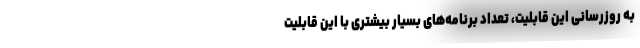
به روزرسانی این قابلیت، تعداد برنامه‌های بسیار بیشتری با این قابلیت